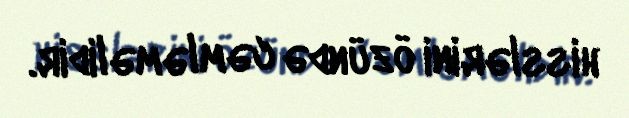
hisslərini özündə cəmləməlidir.